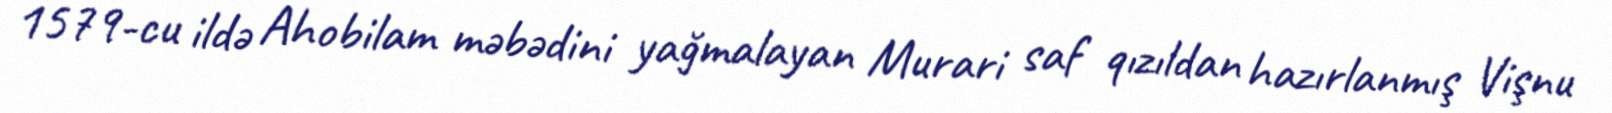
1579-cu ildə Ahobilam məbədini yağmalayan Murari saf qızıldan hazırlanmış Vişnu